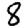
Digit: 8